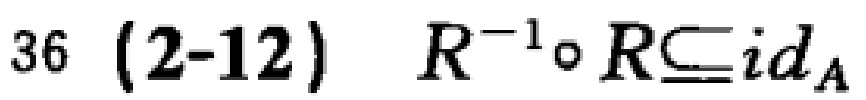
$36\ (2\text{-}12)\ \ R^{-1}\circ R\subseteq id_A$